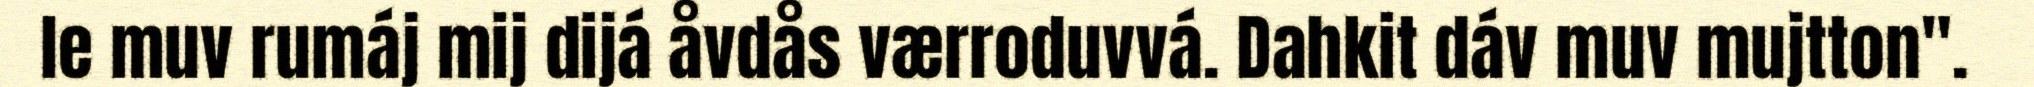
le muv rumáj mij dijá åvdås værroduvvá. Dahkit dáv muv mujtton".